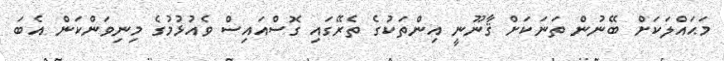
މަޙައްލަކަށް ބޭނުން ތަނަކަށް ޤާނޫނީ އިންތަކުގެ ތެރޭގައި ގޮސްއައިސް ވެއުޅުމުގެ މިނިވަންކަން އެބަ